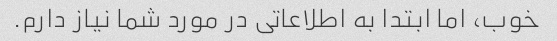
خوب، اما ابتدا به اطلاعاتی در مورد شما نیاز دارم.